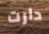
دارت